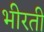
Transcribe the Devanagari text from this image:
भीरती